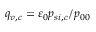
q _ { v , c } = { \varepsilon } _ { 0 } p _ { s i , c } / p _ { 0 0 }